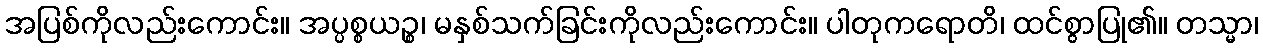
အပြစ်ကိုလည်းကောင်း။ အပ္ပစ္စယဉ္စ၊ မနှစ်သက်ခြင်းကိုလည်းကောင်း။ ပါတုကရောတိ၊ ထင်စွာပြု၏။ တသ္မာ၊